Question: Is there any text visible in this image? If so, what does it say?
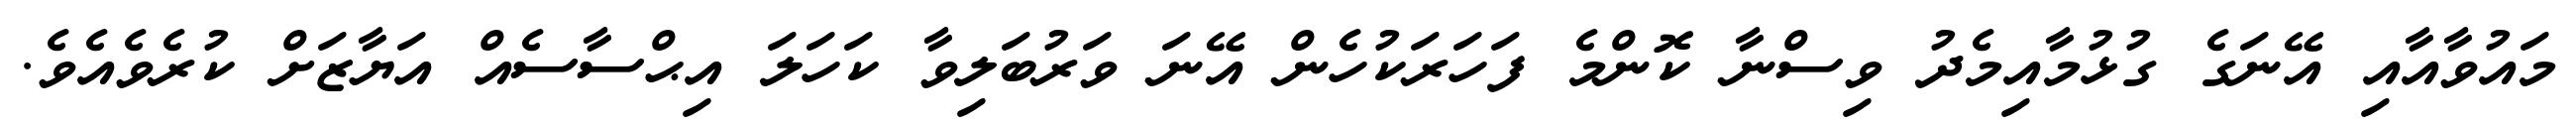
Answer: މައުވާއާއި އޭނަގެ ގުޅުމާއިމެދު ވިސްނާ ކޮންމެ ފަހަރަކުހެން އޭނަ ވަރުބަލިވާ ކަހަލަ އިޙްސާސެއް އަޔާޒަށް ކުރެވެއެވެ.